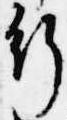
行